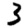
Digit: 3